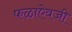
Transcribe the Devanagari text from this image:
फळाऐवजी